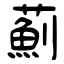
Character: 薊